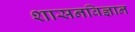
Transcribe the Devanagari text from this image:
शासनविज्ञान